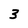
Character: 3